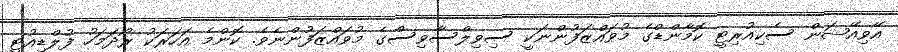
އޭވިއޭޝަން ސެކިއުރިޓީ ކޮމާންޑްގެ މުވައްޒަފުންނަކީ ސިވިލްސާވިސްގެ މުވައްޒަފުންނެވެ. ކޮންމެ އަހަރަކު ރޯދަމަހު ފުލްޑިއުޓީ